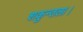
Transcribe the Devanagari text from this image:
शकुन्तला।